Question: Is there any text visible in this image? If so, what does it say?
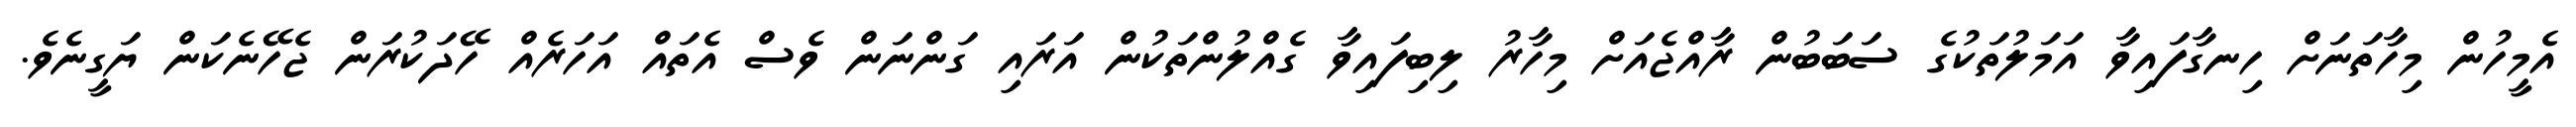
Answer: އެމީހުން މިހާތަނަށް ހިނގާފައިވާ އަމަލުތަކުގެ ސަބަބުން ރާއްޖެއަށް މިހާރު ލިބިފައިވާ ގެއްލުންތަކުން އަރައި ގަންނަން ވެސް އެތައް އަހަރެއް ހޭދަކުރަން ޖެހޭނެކަން ޔަގީނެވެ.